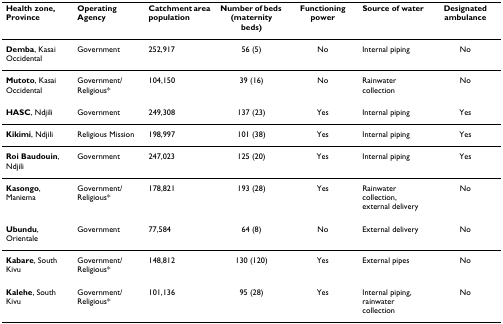
<table><thead><tr><td><b>Health zone, Province</b></td><td><b>Operating Agency</b></td><td><b>Catchment area population</b></td><td><b>Number of beds (maternity beds)</b></td><td><b>Functioning power</b></td><td><b>Source of water</b></td><td><b>Designated ambulance</b></td></tr></thead><tbody><tr><td><b>Demba</b>, Kasai Occidental</td><td>Government</td><td>252,917</td><td>56 (5)</td><td>No</td><td>Internal piping</td><td>No</td></tr><tr><td><b>Mutoto</b>, Kasai Occidental</td><td>Government/Religious*</td><td>104,150</td><td>39 (16)</td><td>No</td><td>Rainwater collection</td><td>No</td></tr><tr><td><b>HASC</b>, Ndjili</td><td>Government</td><td>249,308</td><td>137 (23)</td><td>Yes</td><td>Internal piping</td><td>Yes</td></tr><tr><td><b>Kikimi</b>, Ndjili</td><td>Religious Mission</td><td>198,997</td><td>101 (38)</td><td>Yes</td><td>Internal piping</td><td>Yes</td></tr><tr><td><b>Roi Baudouin</b>, Ndjili</td><td>Government</td><td>247,023</td><td>125 (20)</td><td>Yes</td><td>Internal piping</td><td>Yes</td></tr><tr><td><b>Kasongo</b>, Maniema</td><td>Government/Religious*</td><td>178,821</td><td>193 (28)</td><td>Yes</td><td>Rainwater collection, external delivery</td><td>No</td></tr><tr><td><b>Ubundu</b>, Orientale</td><td>Government</td><td>77,584</td><td>64 (8)</td><td>No</td><td>External delivery</td><td>No</td></tr><tr><td><b>Kabare</b>, South Kivu</td><td>Government/Religious*</td><td>148,812</td><td>130 (120)</td><td>Yes</td><td>External pipes</td><td>No</td></tr><tr><td><b>Kalehe</b>, South Kivu</td><td>Government/Religious*</td><td>101,136</td><td>95 (28)</td><td>Yes</td><td>Internal piping, rainwater collection</td><td>No</td></tr></tbody></table>